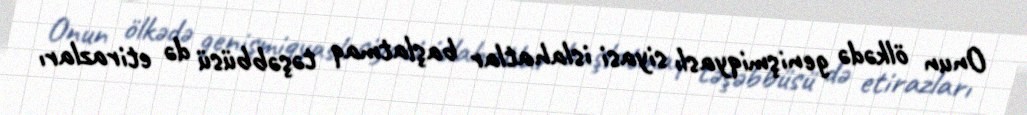
Onun ölkədə genişmiqyaslı siyasi islahatlar başlatmaq təşəbbüsü də etirazları